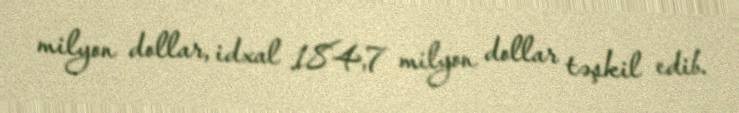
milyon dollar, idxal 184,7 milyon dollar təşkil edib.